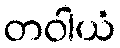
တဝါယံ